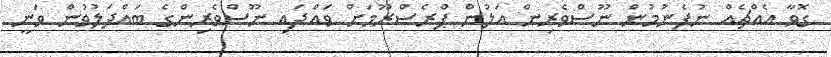
ގޮވާ އެއްޗެއް ނުފެނުމުން ނޫސްވެރިން އަލުން ޕްރެސްރޫމަށް ވައްދައި ނޫސްވެރިންގެ ބައްދަލުވުން ވަނީ